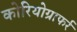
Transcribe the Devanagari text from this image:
कोरियोग्राफर्र